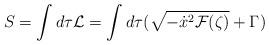
LaTeX: \begin{align*}S=\int d\tau {\cal L}=\int d\tau (\sqrt{-\dot x^2{\cal F}(\zeta )}+\Gamma )\end{align*}